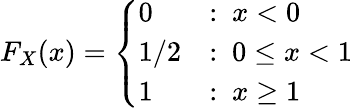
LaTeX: F_{X}(x)={\left\{ \begin{array}{ll}{0}&{:\ x<0}\\ {1/2}&{:\ 0\leq x<1}\\ {1}&{:\ x\geq 1}\end{array}\right.}